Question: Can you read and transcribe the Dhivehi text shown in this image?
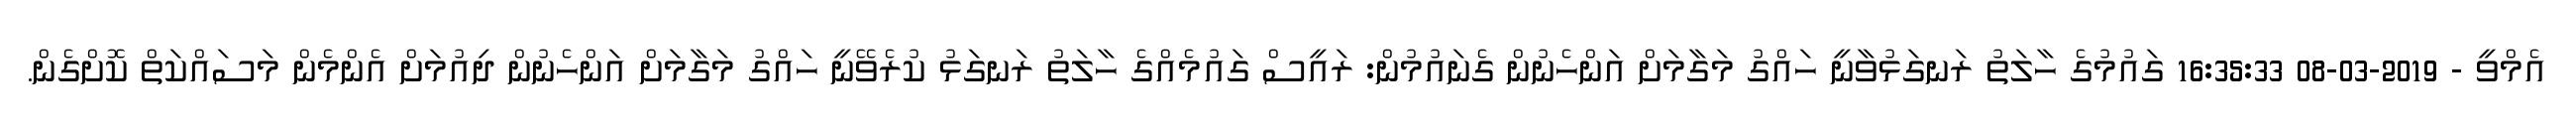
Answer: އެމްވީ - 2019-03-08 16:35:33 ގައުމުގެ ހާލަތު ރަނގަޅުވާނީ ހައްގު މަގާމަށް އަންހެނުން ގެނައުމުން: ރައީސް ގައުމެއްގެ ހާލަތު ރަނގަޅު ކުރެވޭނީ ހައްގު މަގާމަށް އަންހެނުން ދިއުމަށް އެންމެން މަސައްކަތް ކޮށްގެން.